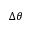
\Delta \theta